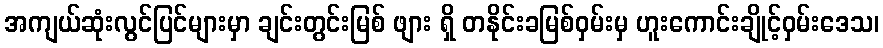
အကျယ်ဆုံးလွင်ပြင်များမှာ ချင်းတွင်းမြစ် ဖျား ရှိ တနိုင်းခမြစ်ဝှမ်းမှ ဟူးကောင်းချိုင့်ဝှမ်းဒေသ၊